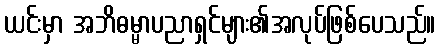
ယင်းမှာ အဘိဓမ္မာပညာရှင်များ၏အလုပ်ဖြစ်ပေသည်။